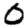
Digit: 0